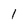
Character: l